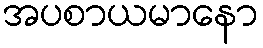
အပစာယမာနော